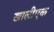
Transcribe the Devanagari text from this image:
खालीएक